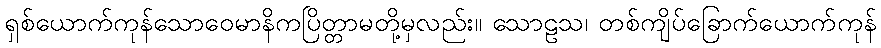
ရှစ်ယောက်ကုန်သောဝေမာနိကပြိတ္တာမတို့မှလည်း။ သောဠသ၊ တစ်ကျိပ်ခြောက်ယောက်ကုန်